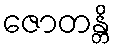
ဇောတန္တိ